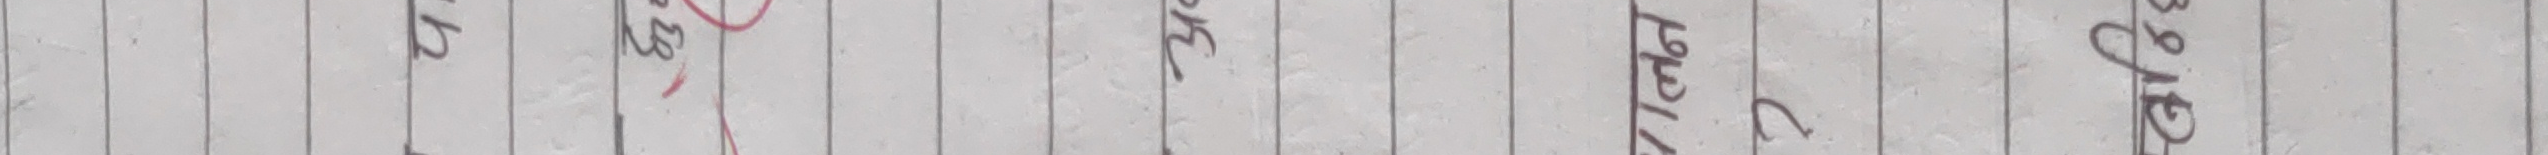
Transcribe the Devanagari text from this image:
लगेर